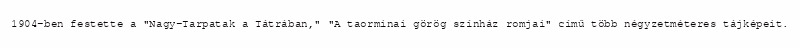
1904-ben festette a "Nagy-Tarpatak a Tátrában," "A taorminai görög színház romjai" című több négyzetméteres tájképeit.